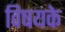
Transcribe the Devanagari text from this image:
विषयके